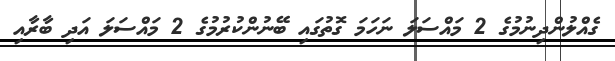
ގެއްލުންދިނުމުގެ 2 މައްސަލަ ނަހަމަ ގޮތުގައި ބޭނުންކުރުމުގެ 2 މައްސަލަ އަދި ބާރާއި